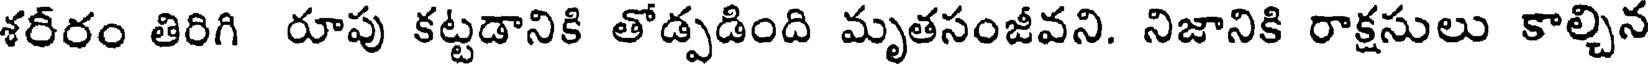
శరీరం తిరిగి రూపు కట్టడానికి తోడ్పడింది మృతసంజీవని. నిజానికి రాక్షసులు కాల్చిన